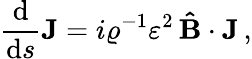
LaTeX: \frac{\mathrm{d}}{\mathrm{d}s}\boldsymbol{\mathrm J}=i\varrho^{-1}\varepsilon^{2}\, \mathbf{\hat{B}}\cdot\boldsymbol{\mathrm J}\, ,